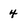
Character: 4